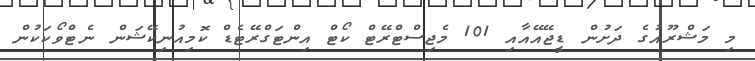
މި މަޝްރޫއުގެ ދަށުން ޑީޖޭއޭއާއި 101 މެޖިސްޓްރޭޓް ކޯޓް އިންޓަގްރޭޓެޑް ކޮމިއުނިކޭޝަން ނެޓްވޯކަކުން